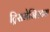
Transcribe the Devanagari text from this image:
ट्रिसमेजिस्टस